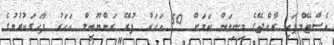
އެސްޓޭމްޕަކީ ރާއްޖޭގެ މިނިވަން ކަމަށް 50 އަހަރު ފުރޭ ރަންޔޫބީލް އަހަރު ފާހަގަކުރުމުގެ